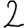
Digit: 2